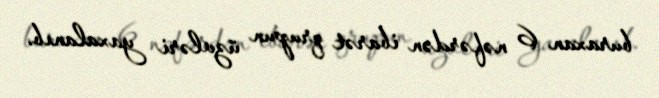
buraxan 6 nəfərdən ibarət qrupun üzvləri yaxalanıb.